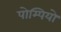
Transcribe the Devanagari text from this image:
पोम्पियो